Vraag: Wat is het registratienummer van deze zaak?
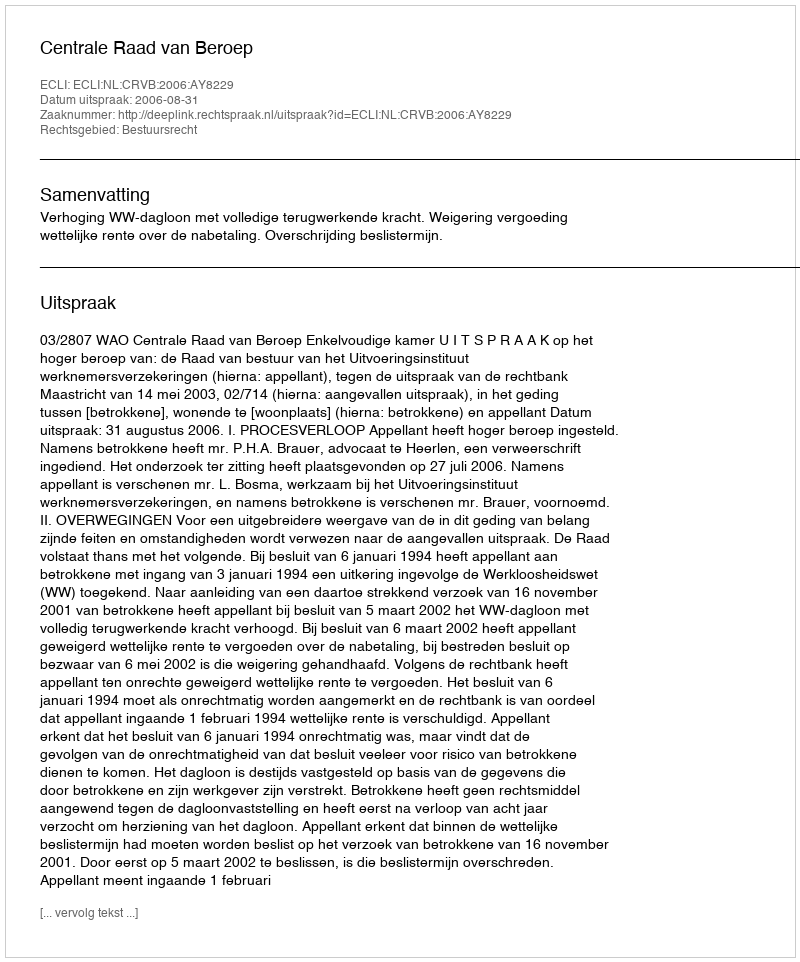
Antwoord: http://deeplink.rechtspraak.nl/uitspraak?id=ECLI:NL:CRVB:2006:AY8229